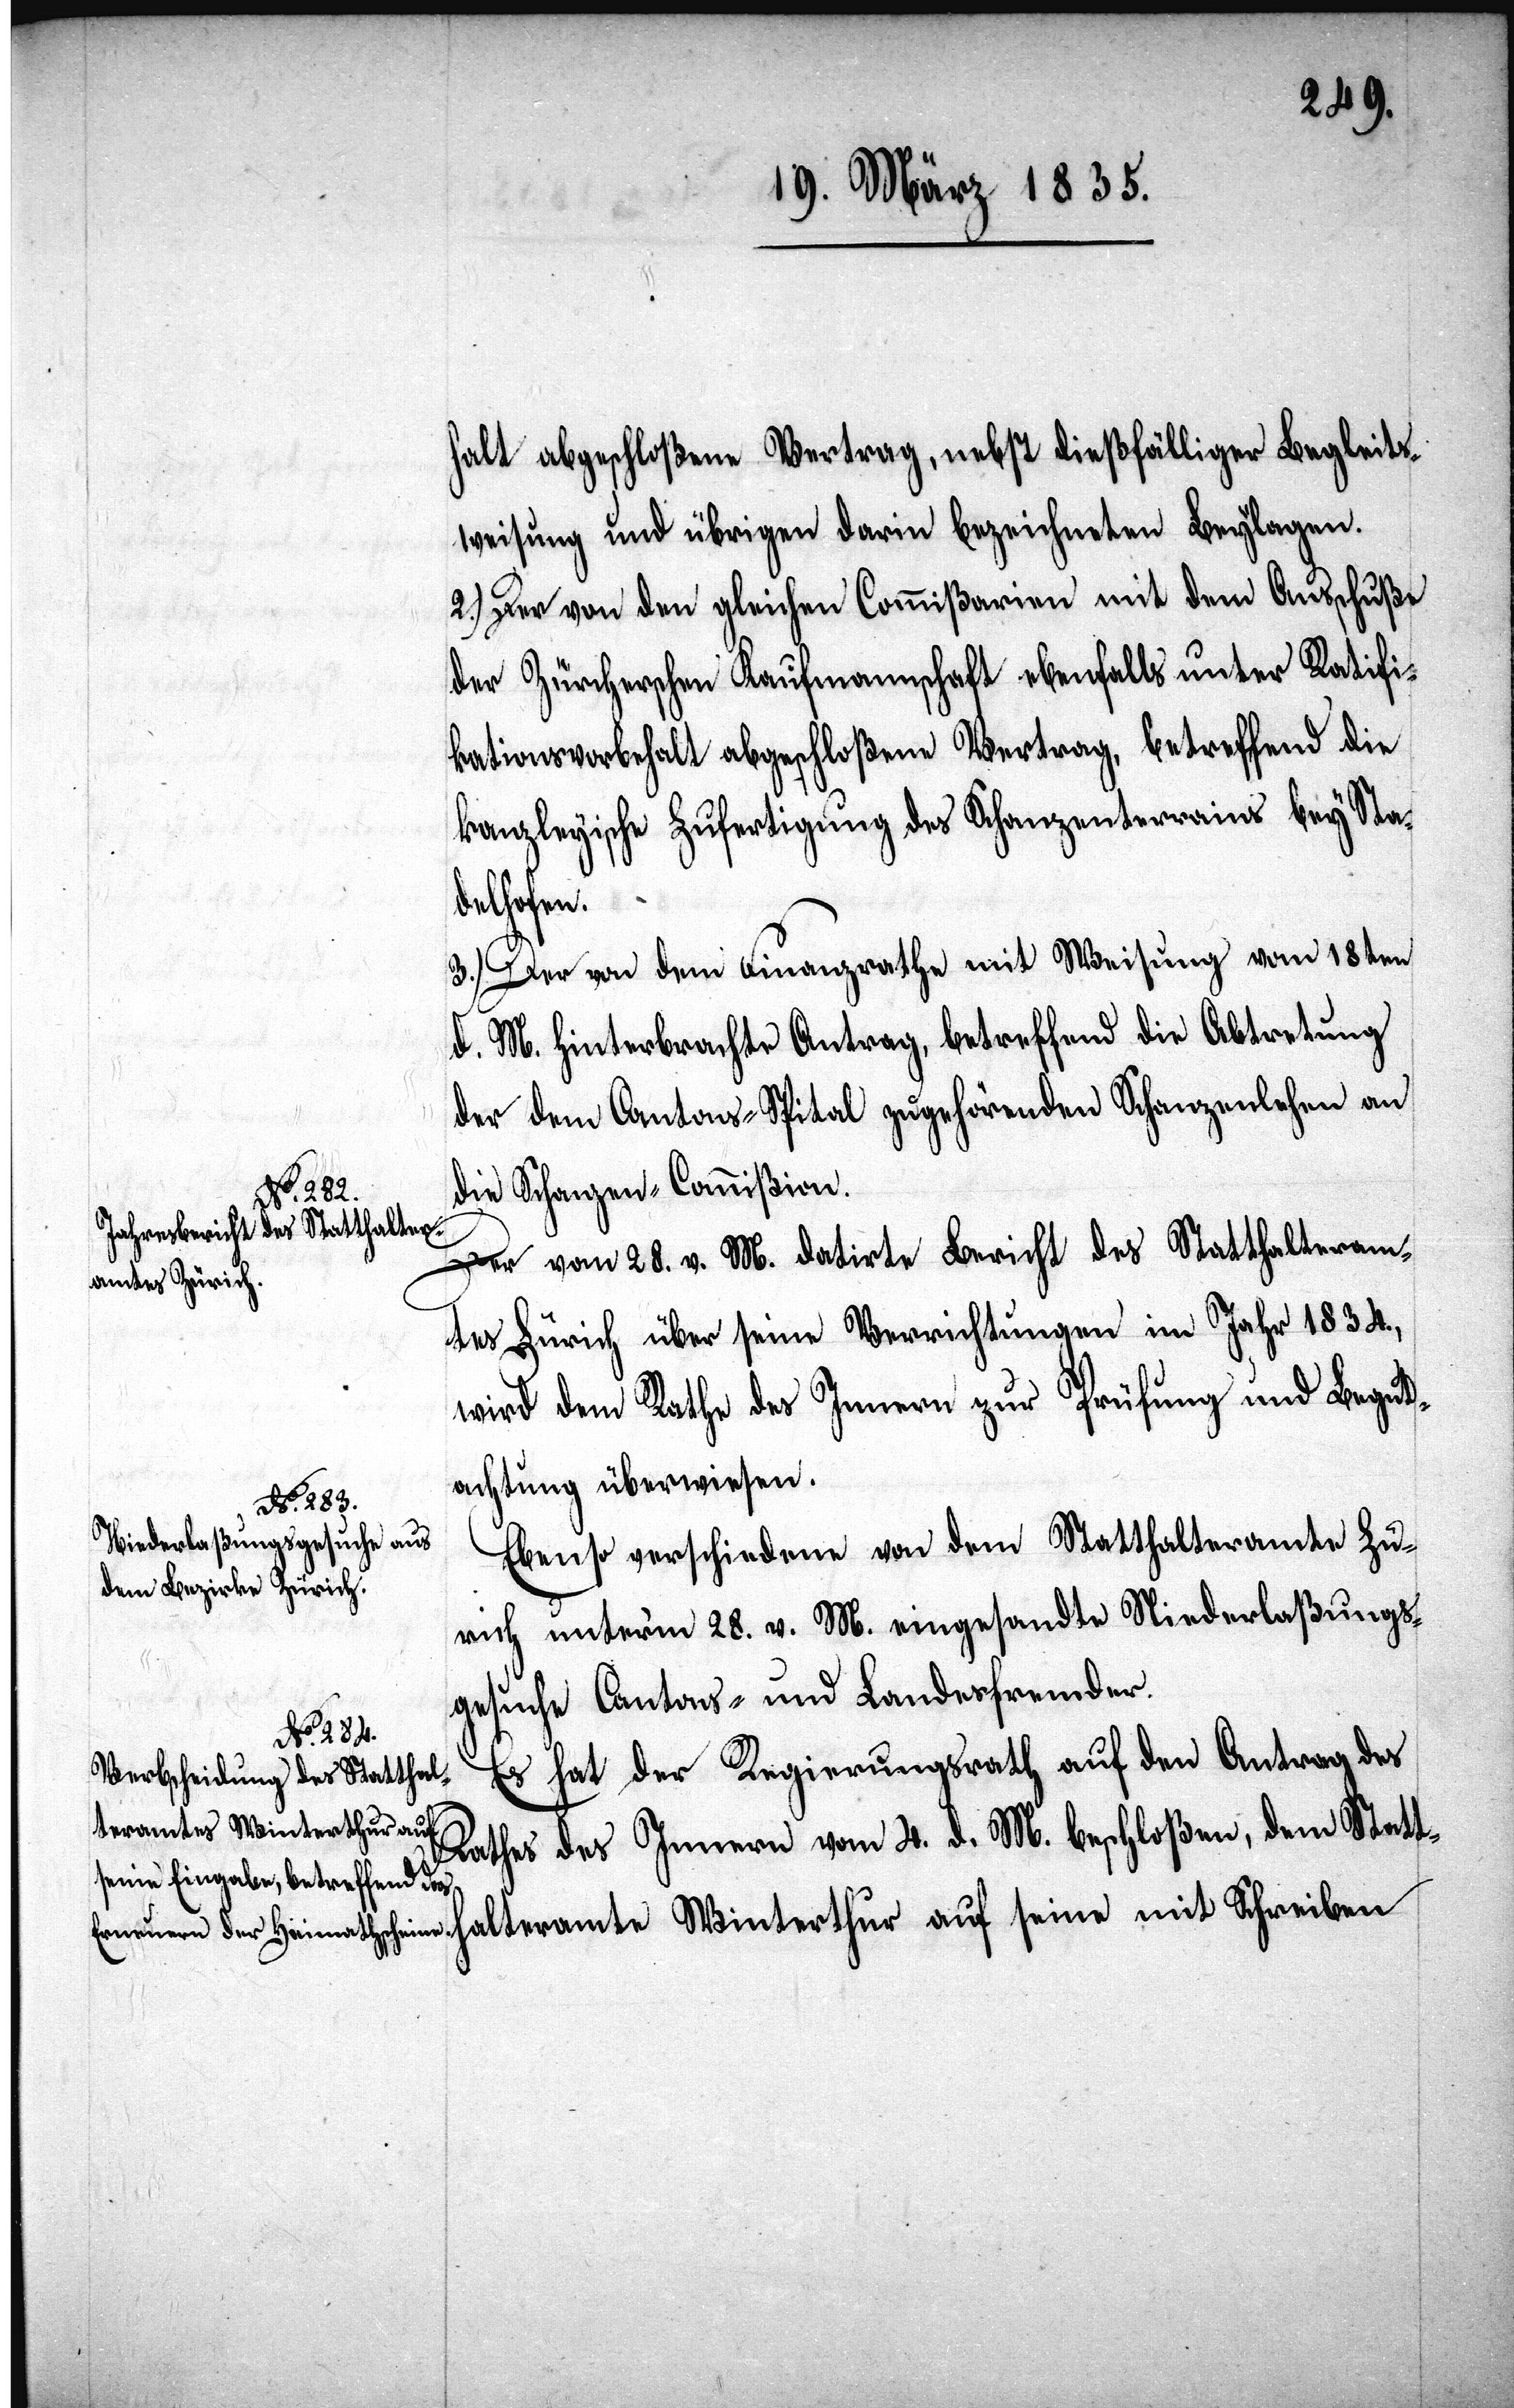
halt abgeschloßene Vertrag, nebst dießfälliger Begleits¬
weisung und übrigen darin bezeichneten Beylagen.
2.) Der von den gleichen Commißarien mit dem Ausschuße
der Zürcherschen Kaufmannschaft ebenfalls unter Ratifi¬
kationsvorbehalt abgeschloßene Vertrag, betreffend die
kanzleyische Zufertigung des Schanzenterrains bey Sta¬
Schreiben
3.) Der von dem Finanzrathe mit Weisung vom 18ten
d. M. hinterbrachte Antrag, betreffend die Abtretung
der dem Cantons-Spital zugehörenden Schanzenlehen an
die Schanzen-Commißion.
Der vom 28. v. M. datirte Bericht des Statthalteram¬
tes Zürich über seine Verrichtungen im Jahr 1834.,
wird dem Rathe des Innern zur Prüfung und Begut¬
achtung überwiesen.
Ebenso verschiedene von dem Statthalteramte Zü¬
rich unterm 28. v. M. eingesandte Niederlaßungs¬
gesuche Cantons- und Landesfremder.
Es hat der Regierungsrath auf den Antrag des
alteramte Winterthur auf
Rathes des Innern vom 4. d. M. beschloßen, dem Statth¬